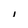
Character: i